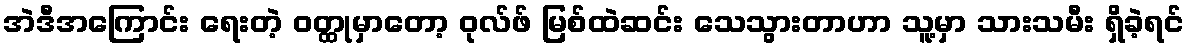
အဲဒီအကြောင်း ရေးတဲ့ ဝတ္ထုမှာတော့ ဝုလ်ဖ် မြစ်ထဲဆင်း သေသွားတာဟာ သူ့မှာ သားသမီး ရှိခဲ့ရင်